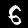
Label: 6